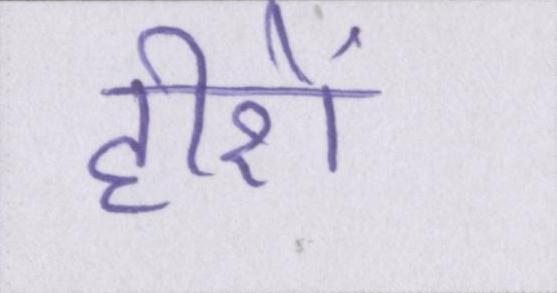
हीरों